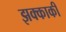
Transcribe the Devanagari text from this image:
झक्काकी